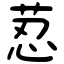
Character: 荵